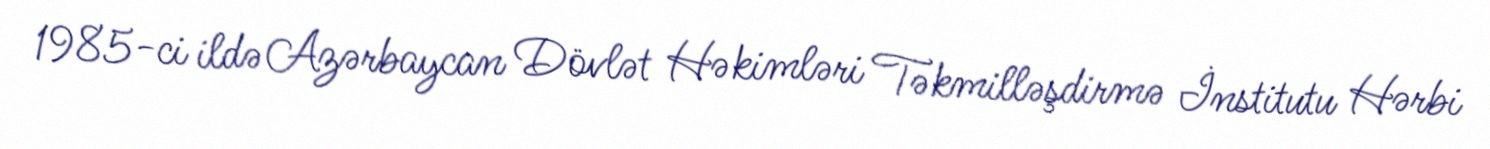
1985-ci ildə Azərbaycan Dövlət Həkimləri Təkmilləşdirmə İnstitutu Hərbi